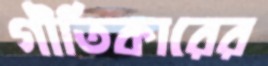
গীতিকারের